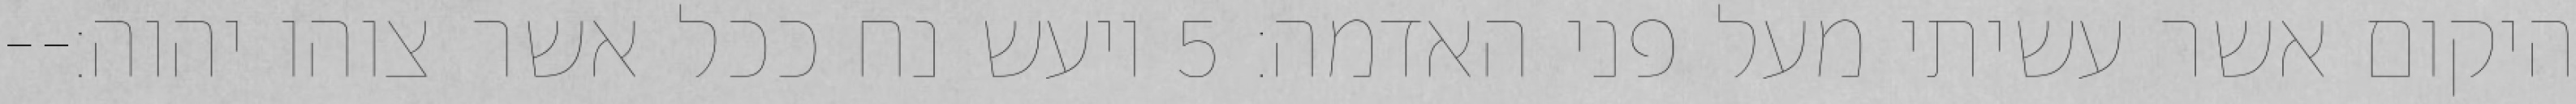
היקום אשר עשיתי מעל פני האדמה׃ ‎5‏ ויעש נח ככל אשר צוהו יהוה׃--